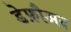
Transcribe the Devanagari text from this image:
डेफ़ौअद